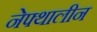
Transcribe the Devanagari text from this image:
नेफ्थालीन